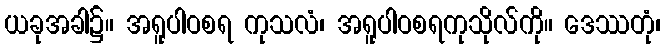
ယခုအခါ၌။ အရူပါဝစရ ကုသလံ၊ အရူပါဝစရကုသိုလ်ကို။ ဒေဿတုံ၊